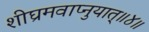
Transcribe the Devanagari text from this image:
शीघ्रमवाप्नुयात्॥४॥